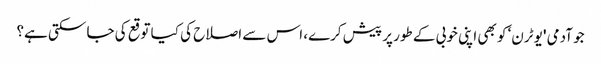
جو آدمی 'یو ٹرن‘ کو بھی اپنی خوبی کے طور پر پیش کرے، اس سے اصلاح کی کیا توقع کی جا سکتی ہے؟